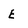
Character: E